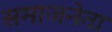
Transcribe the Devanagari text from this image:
समाजनेता